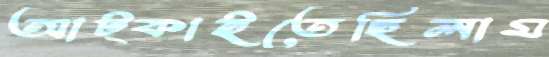
আট্‌কাইতেছিলাম